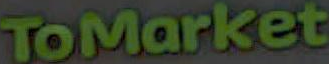
ToMarket